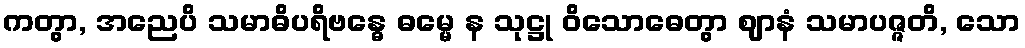
ကတွာ, အညေပိ သမာဓိပရိဗန္ဓေ ဓမ္မေ န သုဋ္ဌု ဝိသောဓေတွာ ဈာနံ သမာပဇ္ဇတိ, သော